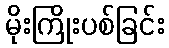
မိုးကြိုးပစ်ခြင်း